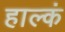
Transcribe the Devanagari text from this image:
हाल्कं